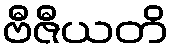
ဗီဇီယတိ